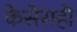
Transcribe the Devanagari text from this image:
केसेसही